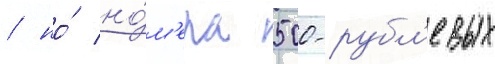
/ но́ но́м'ера 500-рубл'евых